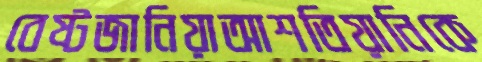
বেষ্টজানিয়াআশতিয়ানিকে